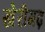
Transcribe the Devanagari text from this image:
खेरीगढ़